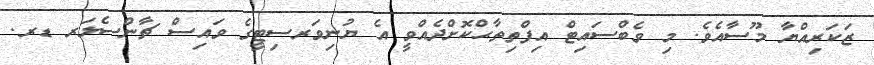
ޒަކަރިއްޔާ މޫސާއެވެ. މި ވެބްސައިޓް އިފްތިތާޙްކޮށްދެއްވީ އެ ޔުނިވަރސިޓީގެ ވައިސް ޗާންސެލަރ ޑރ.